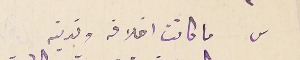
س ما كانت اخلاقه وتدينه